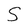
Character: S